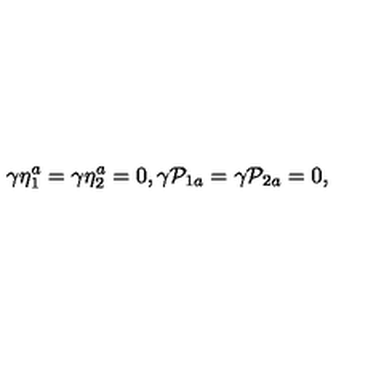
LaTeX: \gamma \eta _ { 1 } ^ { a } = \gamma \eta _ { 2 } ^ { a } = 0 , \gamma \mathcal { P } _ { 1 a } = \gamma \mathcal { P } _ { 2 a } = 0 ,